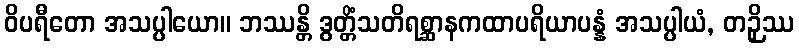
ဝိပရီတော အသပ္ပါယော။ ဘဿန္တိ ဒွတ္တိံသတိရစ္ဆာနကထာပရိယာပန္နံ အသပ္ပါယံ, တဉှိဿ